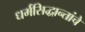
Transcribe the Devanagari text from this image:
धर्मसिद्धान्तांचे